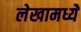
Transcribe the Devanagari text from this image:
लेखामध्येे